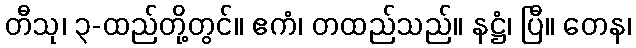
တီသု၊ ၃-ထည်တို့တွင်။ ဧကံ၊ တထည်သည်။ နဋ္ဌံ၊ ပြီ။ တေန၊